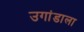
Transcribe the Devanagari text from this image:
उगांडाला